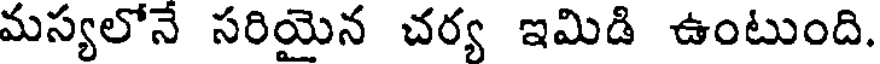
మస్యలోనే సరియైన చర్య ఇమిడి ఉంటుంది.